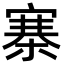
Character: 寨